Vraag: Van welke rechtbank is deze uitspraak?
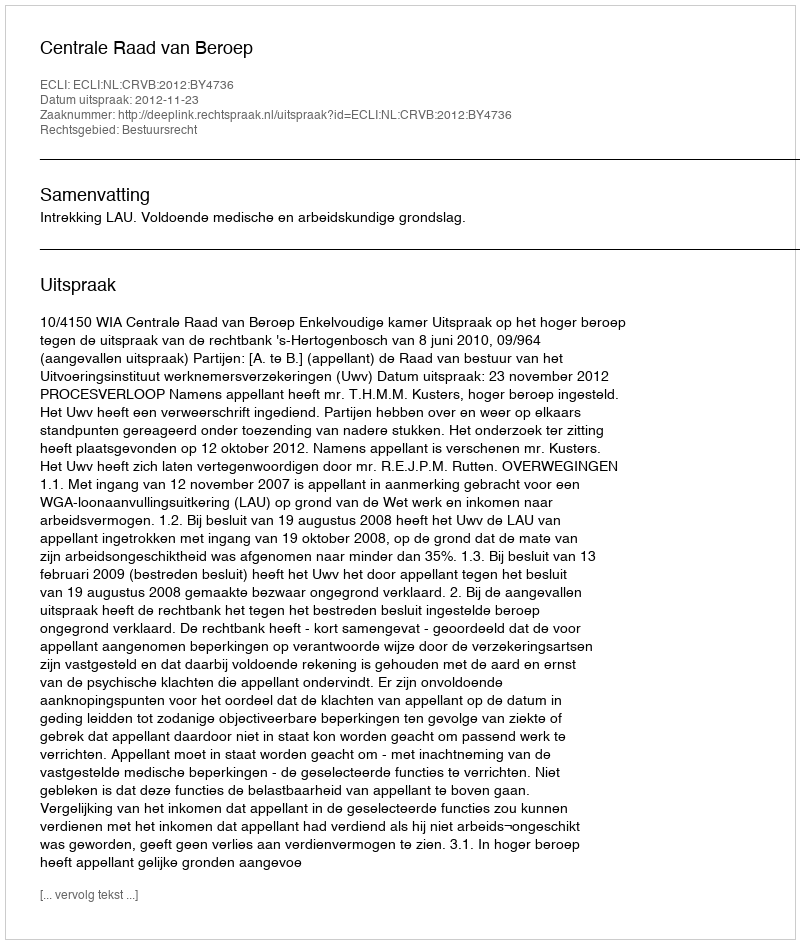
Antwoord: Centrale Raad van Beroep